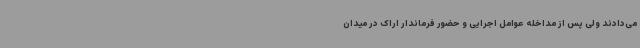
می‌دادند ولی پس از مداخله عوامل اجرایی و حضور فرماندار اراک در میدان